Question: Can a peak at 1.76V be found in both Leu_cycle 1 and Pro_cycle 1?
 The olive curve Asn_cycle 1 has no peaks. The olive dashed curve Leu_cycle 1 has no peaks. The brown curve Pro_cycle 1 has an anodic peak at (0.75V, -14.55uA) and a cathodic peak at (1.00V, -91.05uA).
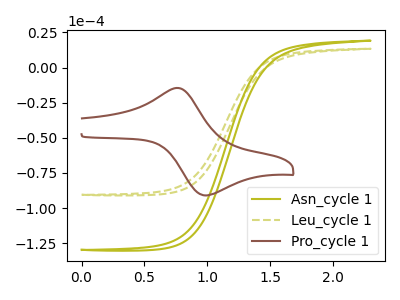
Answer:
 <answer>No, "Leu_cycle 1" and "Pro_cycle 1" dont share a peak at 1.76V.</answer>
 <eval>mismatch</eval>